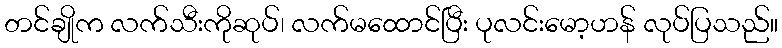
တင်ချိုက လက်သီးကိုဆုပ်၊ လက်မထောင်ပြီး ပုလင်းမော့ဟန် လုပ်ပြသည်။